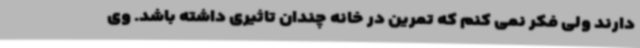
دارند ولی فکر نمی کنم که تمرین در خانه چندان تاثیری داشته باشد. وی